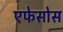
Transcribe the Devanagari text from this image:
एफेसोस